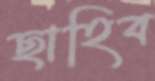
ছাহিব